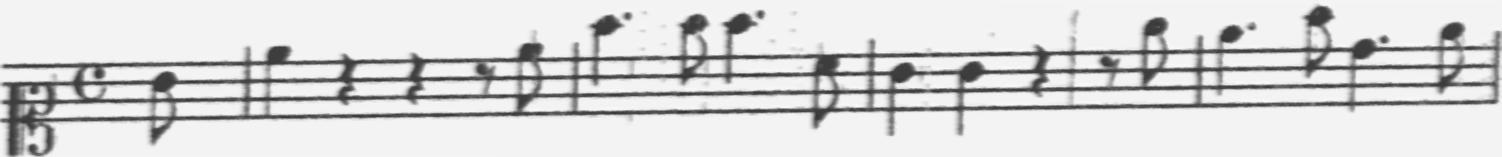
Transcription: clef-C1 timeSignature-C note-G4_eighth barline note-C5_quarter rest-quarter rest-quarter rest-eighth note-C5_eighth barline note-F5_quarter. note-F5_eighth note-F5_quarter. note-A4_eighth barline note-G4_quarter note-G4_quarter rest-quarter rest-eighth note-E5_eighth barline note-D5_quarter. note-F5_eighth note-B4_quarter. note-D5_eighth barline